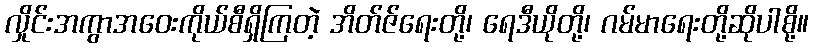
လှိုင်းအကွာအဝေးကိုယ်စီရှိကြတဲ့ အိတ်ဇ်ရေးတို့၊ ရေဒီယိုတို့၊ ဂမ်မာရေးတို့ဆိုပါစို့။